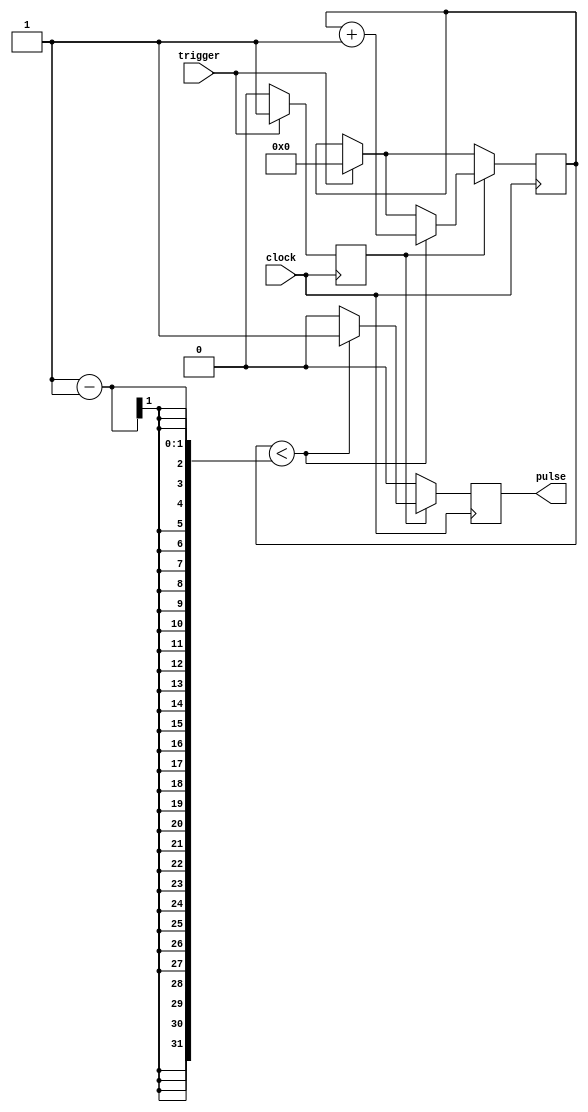
module async_pulse_generator (
  input trigger,
  input clock,
  output reg pulse
);

reg [15:0] counter;
reg sync_trigger;

always @(posedge clock) begin
  if(trigger == 1'b1) begin
    sync_trigger <= 1'b1;
    counter <= 16'd0;
  end else begin
    sync_trigger <= 1'b0;
  end

  if(sync_trigger == 1'b1) begin
    if(counter < (desired_pulse_duration - 1)) begin
      pulse <= 1'b1;
      counter <= counter + 1;
    end else begin
      pulse <= 1'b0;
    end
  end else begin
    pulse <= 1'b0;
  end
end

endmodule